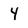
Character: 4